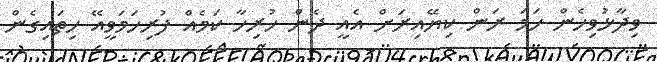
ވިދާޅުވިހެން ހަމަ ރަން ކިޔޭއިރަށް އެއީ ދެން ހުރިހާ ކަމެއް ފުރިހަމަވީއޭ ހިތައިގެން